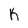
Character: K